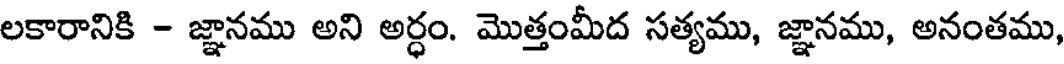
లకారానికి - జ్ఞానము అని అర్ధం. మొత్తంమీద సత్యము, జ్ఞానము, అనంతము,